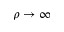
\rho \rightarrow \infty